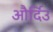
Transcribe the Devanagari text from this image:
और्दिउ